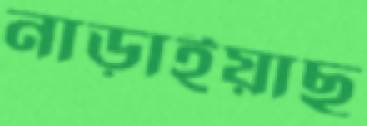
নাড়াইয়াছ